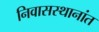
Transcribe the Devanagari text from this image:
निवासस्थानांत